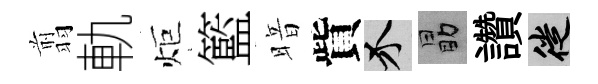
翦軌炬籃暗貲介勗讚徙